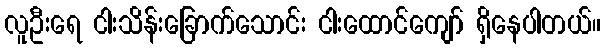
လူဦးရေ ငါးသိန်းခြောက်သောင်း ငါးထောင်ကျော် ရှိနေပါတယ်။